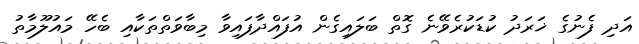
އަދި ފެނުގެ ޚަރަދު ކުޑަކުރެވޭނެ ގޮތް ބަލައިގެން އުފައްދާފައިވާ މިބާވަތްތަކާއި ބެހޭ މައުލޫމާތު